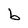
Character: b